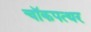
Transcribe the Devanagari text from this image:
चॉकपत्थर